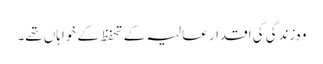
وہ زندگی کی اقدار عالیہ کے تحفظ کے خواہاں تھے۔